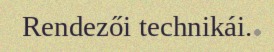
Rendezői technikái.